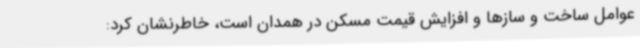
عوامل ساخت و سازها و افزایش قیمت مسکن در همدان است، خاطرنشان کرد: